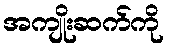
အကျိုးဆက်ကို